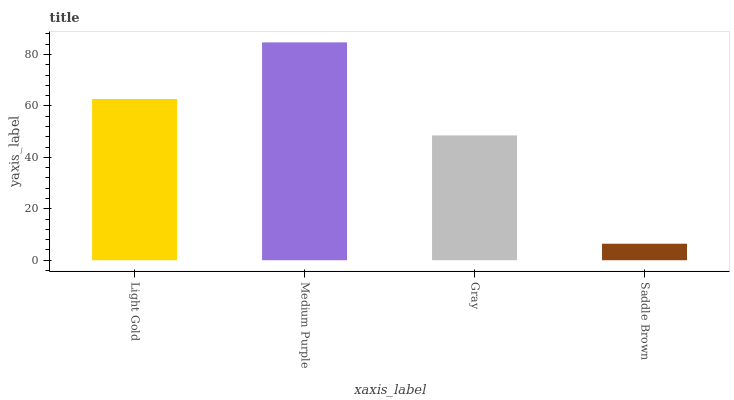
| xaxis_label | bars |
 | --- | --- |
 | Light Gold | 62.7 |
 | Medium Purple | 84.7 |
 | Gray | 48.5 |
 | Saddle Brown | 6.41 |